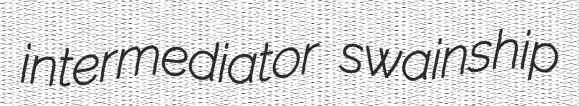
intermediator swainship